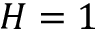
H = 1